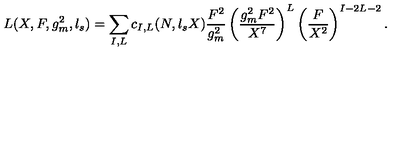
L ( X , F , g _ { m } ^ { 2 } , l _ { s } ) = \sum _ { I , L } c _ { I , L } ( N , l _ { s } X ) { \frac { F ^ { 2 } } { g _ { m } ^ { 2 } } } \left( { \frac { g _ { m } ^ { 2 } F ^ { 2 } } { X ^ { 7 } } } \right) ^ { L } \left( { \frac { F } { X ^ { 2 } } } \right) ^ { I - 2 L - 2 } .